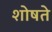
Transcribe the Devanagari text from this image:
शोषते